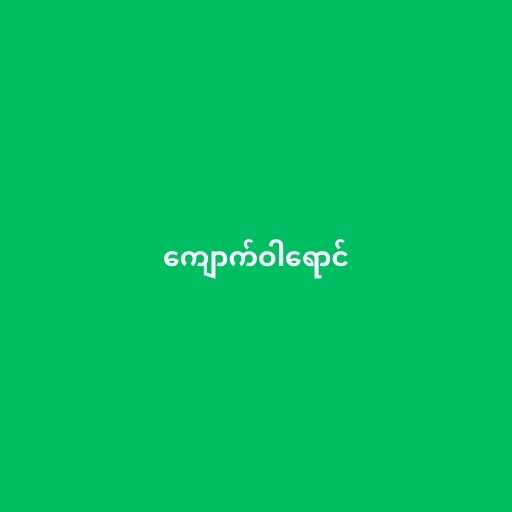
ကျောက်ဝါရောင်